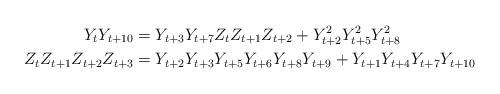
LaTeX: \begin{align*} Y_{t} Y_{t+10} &= Y_{t+3}Y_{t+7}Z_{t}Z_{t+1}Z_{t+2} + Y_{t+2}^2Y_{t+5}^2Y_{t+8}^2 \quad\\ Z_{t} Z_{t+1} Z_{t+2} Z_{t+3} &= Y_{t+2} Y_{t+3} Y_{t+5} Y_{t+6} Y_{t+8} Y_{t+9} + Y_{t+1} Y_{t+4} Y_{t+7} Y_{t+10} \end{align*}